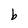
Character: b